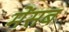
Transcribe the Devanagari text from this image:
मेंसब